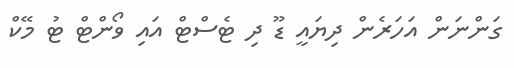
ގަންނަން އަހަރެން ދިޔައީ ޑޫ ދި ޓެސްޓް އައި ވޯންޓް ޓު މޭކް